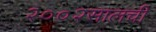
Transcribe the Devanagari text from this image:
२००२सालची